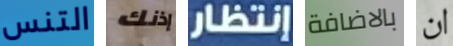
التنس إذنك إنتظار بالاضافة ان